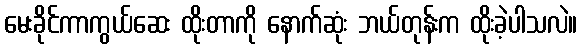
မေးခိုင်ကာကွယ်ဆေး ထိုးတာကို နောက်ဆုံး ဘယ်တုန်းက ထိုးခဲ့ပါသလဲ။